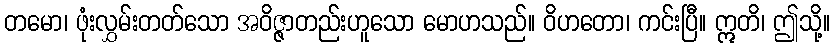
တမော၊ ဖုံးလွှမ်းတတ်သော အဝိဇ္ဇာတည်းဟူသော မောဟသည်။ ဝိဟတော၊ ကင်းပြီ။ ဣတိ၊ ဤသို့။